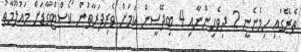
ތެރޭގައި ހިމެނެނީ 2 ދިވެހިންނާއި 4 ބިދޭސީން ކަމަށް ވެރިފަރާތުން ކޯސްޓްގާޑަށް މަޢުލޫމާތު